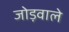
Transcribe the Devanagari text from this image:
जोड़वाले